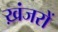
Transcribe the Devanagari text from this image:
ख़ंजरों